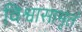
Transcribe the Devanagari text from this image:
विश्वासामृतं